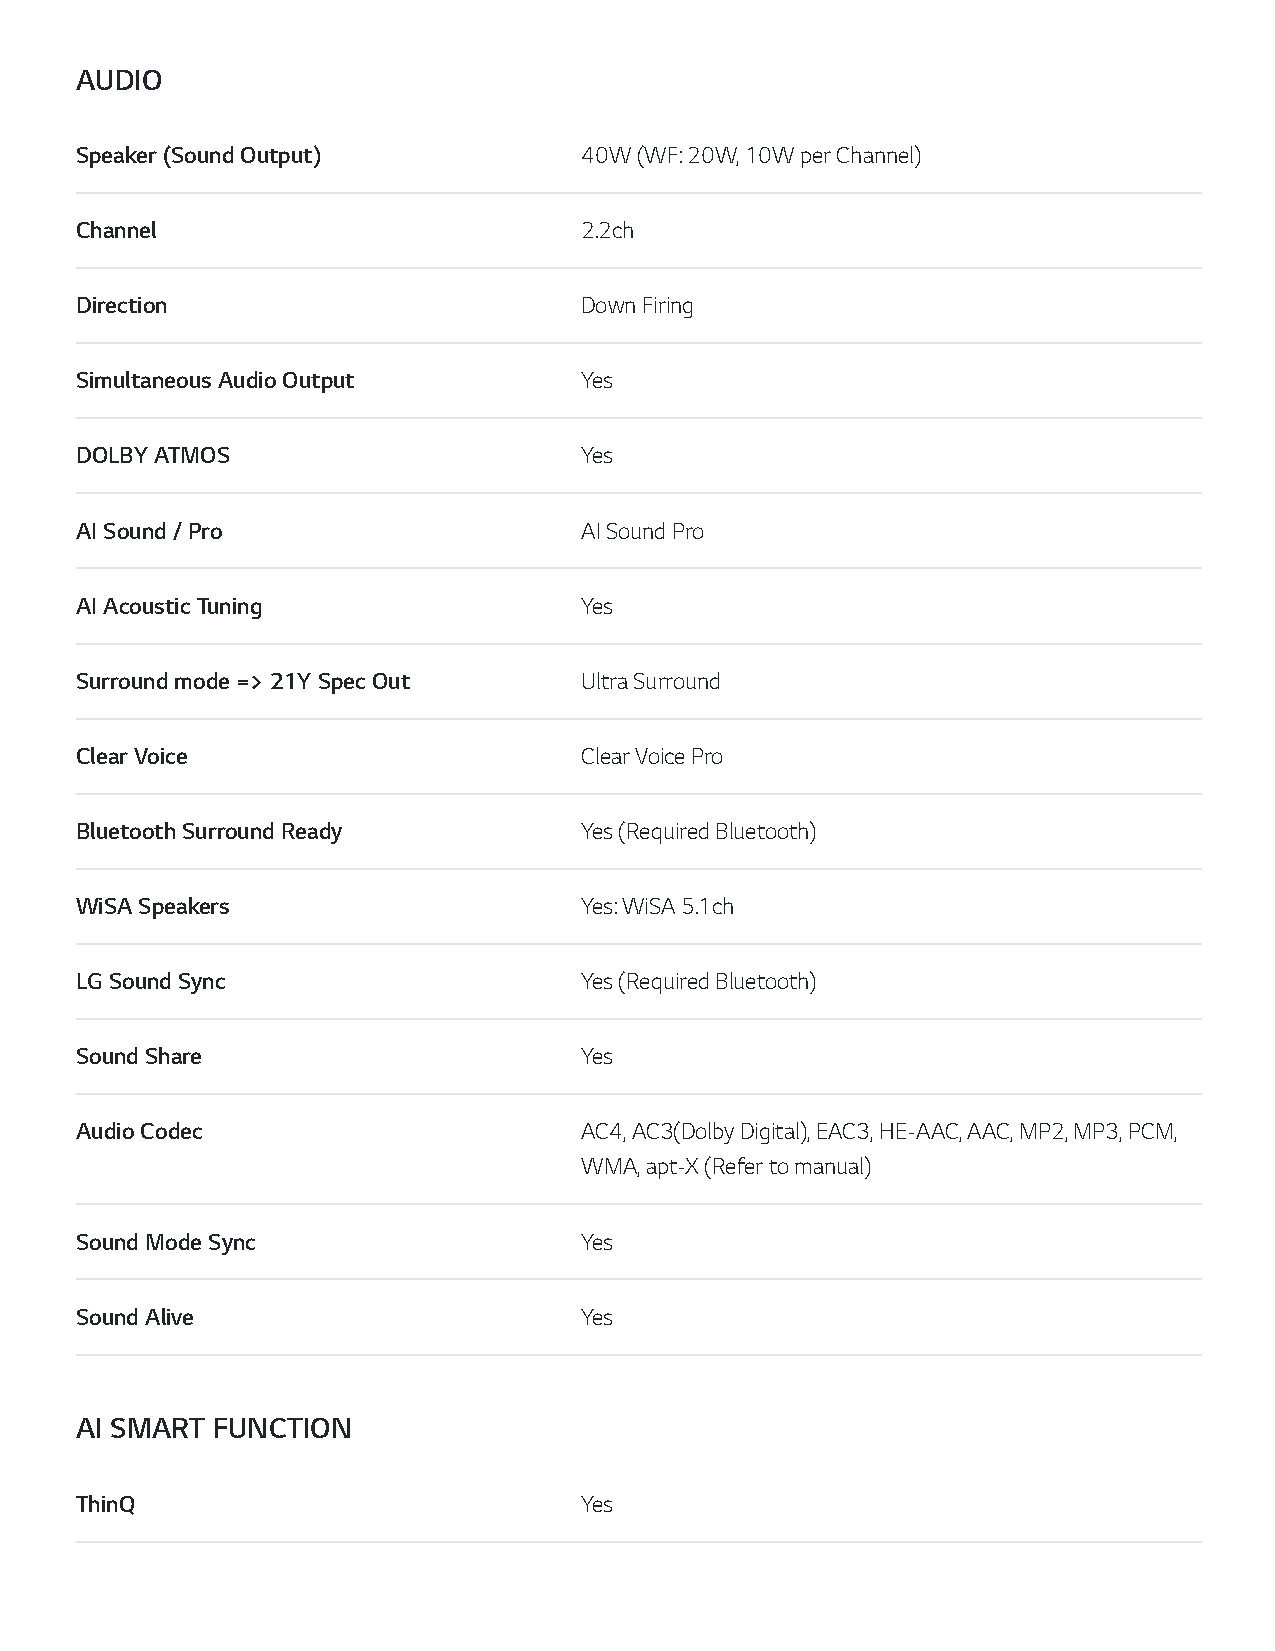
AUDIO
 Speaker (Sound Output)           40W (WF: 20W, 10W per Channel)
 Channel                          2.2ch
 Direction                        Down Firing
 Simultaneous Audio Output        Yes
 DOLBY ATMOS                      Yes
 AI Sound / Pro                   AI Sound Pro
 AI Acoustic Tuning               Yes
 Surround mode => 21Y Spec Out    Ultra Surround
 Clear Voice                      Clear Voice Pro
 Bluetooth Surround Ready         Yes (Required Bluetooth)
 WiSA Speakers                    Yes: WiSA 5.1ch
 LG Sound Sync                    Yes (Required Bluetooth)
 Sound Share                      Yes
 Audio Codec                      AC4, AC3(Dolby Digital), EAC3, HE-AAC, AAC, MP2, MP3, PCM,
 WMA, apt-X (Refer to manual)
 Sound Mode Sync                  Yes
 Sound Alive                      Yes
 AI SMART FUNCTION
 ThinQ                            Yes